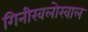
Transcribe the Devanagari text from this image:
गिनीखलोखाल